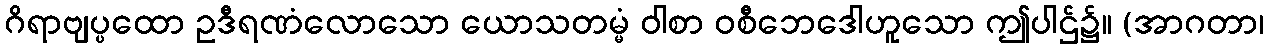
ဂိရာဗျပ္ပထော ဥဒီရဏံလောသော ယောသတမ္မံ ဝါစာ ဝစီဘေဒေါဟူသော ဤပါဌ်၌။ (အာဂတာ၊